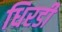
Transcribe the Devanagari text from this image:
धिरडी